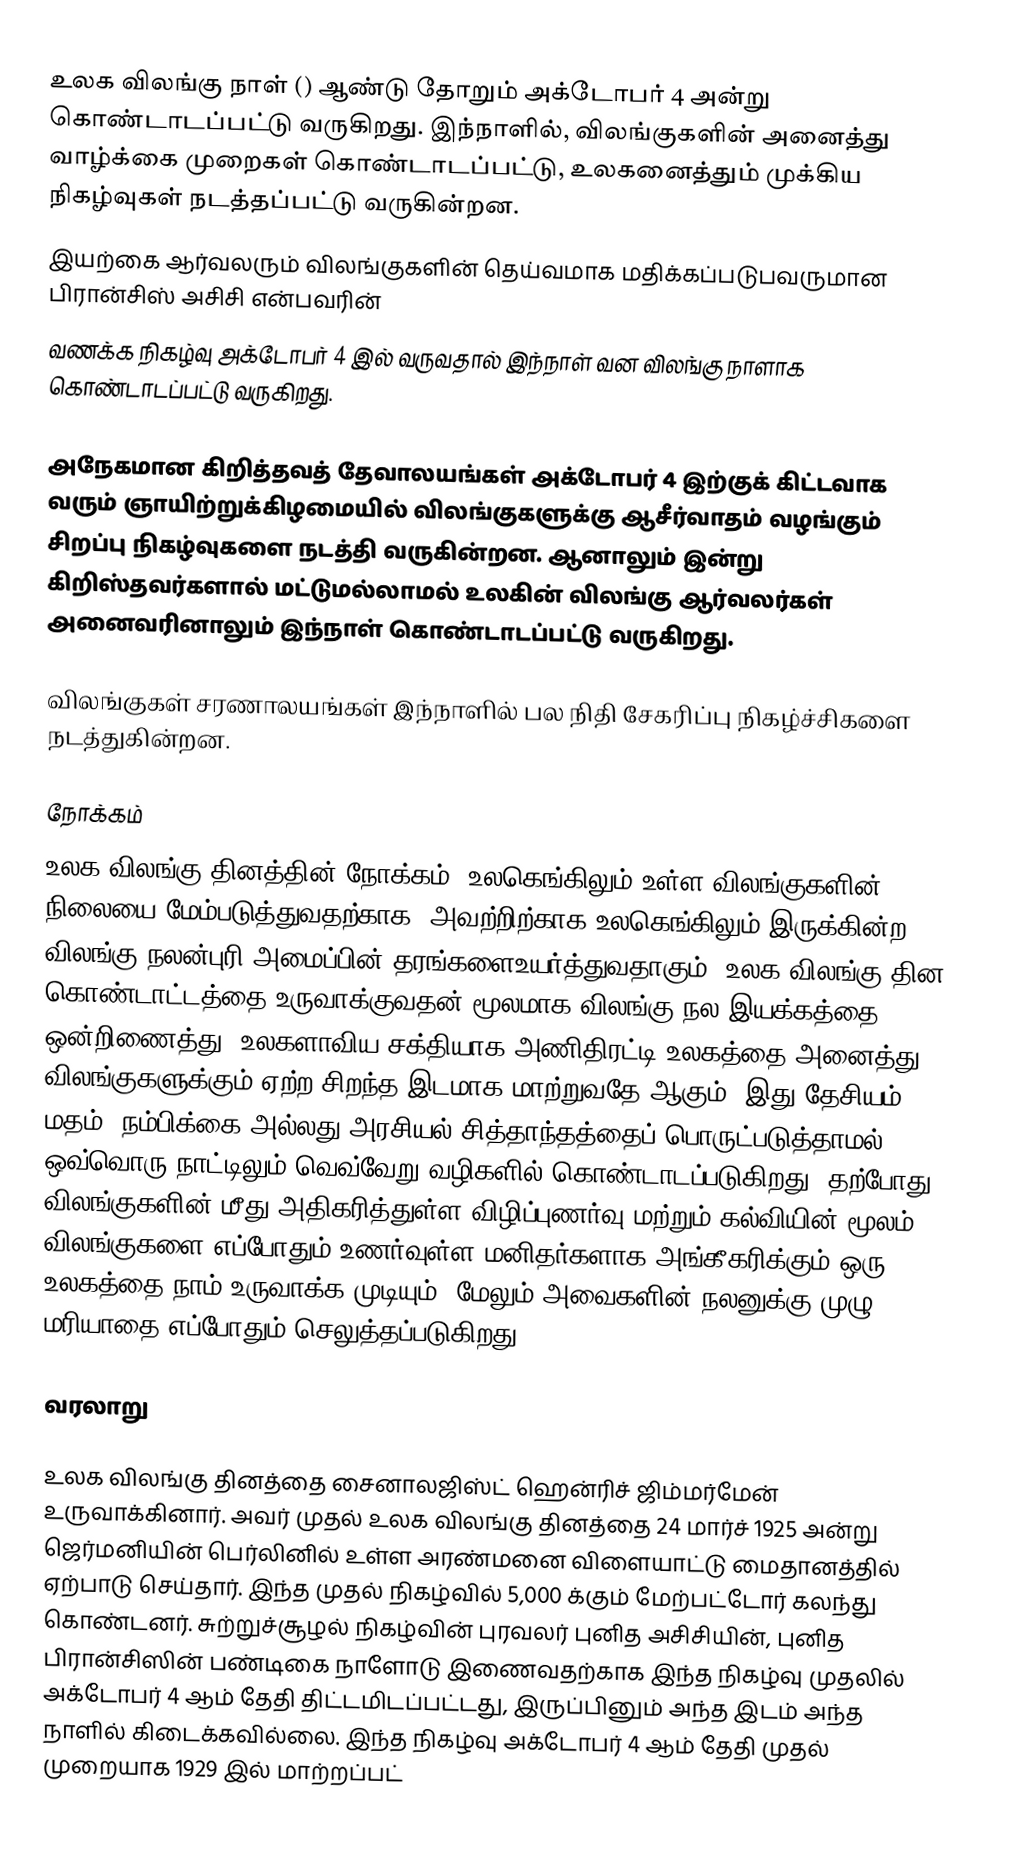
உலக விலங்கு நாள் () ஆண்டு தோறும் அக்டோபர் 4 அன்று கொண்டாடப்பட்டு வருகிறது. இந்நாளில், விலங்குகளின் அனைத்து வாழ்க்கை முறைகள் கொண்டாடப்பட்டு, உலகனைத்தும் முக்கிய நிகழ்வுகள் நடத்தப்பட்டு வருகின்றன.
இயற்கை ஆர்வலரும் விலங்குகளின் தெய்வமாக மதிக்கப்படுபவருமான பிரான்சிஸ் அசிசி என்பவரின்
வணக்க நிகழ்வு அக்டோபர் 4 இல் வருவதால் இந்நாள் வன விலங்கு நாளாக கொண்டாடப்பட்டு வருகிறது.

அநேகமான கிறித்தவத் தேவாலயங்கள் அக்டோபர் 4 இற்குக் கிட்டவாக வரும் ஞாயிற்றுக்கிழமையில் விலங்குகளுக்கு ஆசீர்வாதம் வழங்கும் சிறப்பு நிகழ்வுகளை நடத்தி வருகின்றன. ஆனாலும் இன்று கிறிஸ்தவர்களால் மட்டுமல்லாமல் உலகின் விலங்கு ஆர்வலர்கள் அனைவரினாலும் இந்நாள் கொண்டாடப்பட்டு வருகிறது.

விலங்குகள் சரணாலயங்கள் இந்நாளில் பல நிதி சேகரிப்பு நிகழ்ச்சிகளை நடத்துகின்றன.

நோக்கம்
உலக விலங்கு தினத்தின் நோக்கம், உலகெங்கிலும் உள்ள விலங்குகளின் நிலையை மேம்படுத்துவதற்காக, அவற்றிற்காக உலகெங்கிலும் இருக்கின்ற விலங்கு நலன்புரி அமைப்பின் தரங்களைஉயர்த்துவதாகும். உலக விலங்கு தின கொண்டாட்டத்தை உருவாக்குவதன் மூலமாக விலங்கு நல இயக்கத்தை ஒன்றிணைத்து, உலகளாவிய சக்தியாக அணிதிரட்டி உலகத்தை அனைத்து விலங்குகளுக்கும் ஏற்ற சிறந்த இடமாக மாற்றுவதே ஆகும். இது தேசியம், மதம், நம்பிக்கை அல்லது அரசியல் சித்தாந்தத்தைப் பொருட்படுத்தாமல் ஒவ்வொரு நாட்டிலும் வெவ்வேறு வழிகளில் கொண்டாடப்படுகிறது. தற்போது விலங்குகளின் மீது அதிகரித்துள்ள விழிப்புணர்வு மற்றும் கல்வியின் மூலம் விலங்குகளை எப்போதும் உணர்வுள்ள மனிதர்களாக அங்கீகரிக்கும் ஒரு உலகத்தை நாம் உருவாக்க முடியும், மேலும் அவைகளின் நலனுக்கு முழு மரியாதை எப்போதும் செலுத்தப்படுகிறது."

வரலாறு

உலக விலங்கு தினத்தை சைனாலஜிஸ்ட் ஹென்ரிச் ஜிம்மர்மேன் உருவாக்கினார். அவர் முதல் உலக விலங்கு தினத்தை 24 மார்ச் 1925 அன்று ஜெர்மனியின் பெர்லினில் உள்ள  அரண்மனை விளையாட்டு மைதானத்தில் ஏற்பாடு செய்தார். இந்த முதல் நிகழ்வில் 5,000 க்கும் மேற்பட்டோர் கலந்து கொண்டனர். சுற்றுச்சூழல் நிகழ்வின் புரவலர் புனித அசிசியின், புனித பிரான்சிஸின் பண்டிகை நாளோடு இணைவதற்காக இந்த நிகழ்வு முதலில் அக்டோபர் 4 ஆம் தேதி திட்டமிடப்பட்டது, இருப்பினும் அந்த இடம் அந்த நாளில் கிடைக்கவில்லை. இந்த நிகழ்வு அக்டோபர் 4 ஆம் தேதி முதல் முறையாக 1929 இல் மாற்றப்பட்